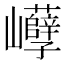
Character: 𡿒